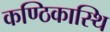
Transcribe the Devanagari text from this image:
कण्ठिकास्थि